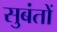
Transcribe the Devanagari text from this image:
सुबंतों